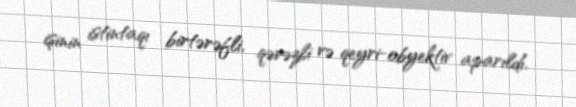
işinin istintaqı birtərəfli, qərəzli və qeyri-obyektiv aparıldı.